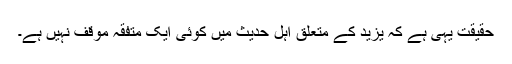
حقیقت یہی ہے کہ یزید کے متعلق اہل حدیث میں کوئی ایک متفقہ موقف نہیں ہے۔